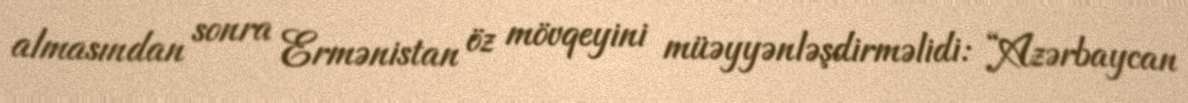
almasından sonra Ermənistan öz mövqeyini müəyyənləşdirməlidi: “Azərbaycan